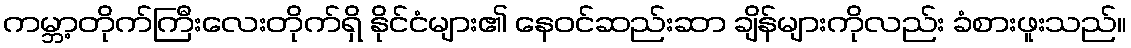
ကမ္ဘာ့တိုက်ကြီးလေးတိုက်ရှိ နိုင်ငံများ၏ နေဝင်ဆည်းဆာ ချိန်များကိုလည်း ခံစားဖူးသည်။